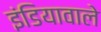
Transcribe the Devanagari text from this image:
इंडियावाले